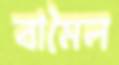
বামৈল